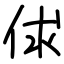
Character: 俅